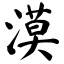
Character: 漠